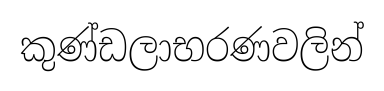
කුණ්ඩලාභරණවලින්